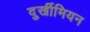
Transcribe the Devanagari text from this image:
दुर्खीमियन